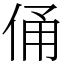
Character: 俑